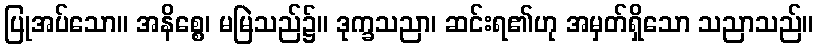
ပြုအပ်သော။ အနိစ္စေ၊ မမြဲသည်၌။ ဒုက္ခသညာ၊ ဆင်းရ၏ဟု အမှတ်ရှိသော သညာသည်။